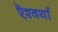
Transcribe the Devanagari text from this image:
ऎश्वर्या